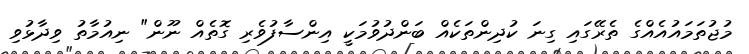
މުޖުތަމައުއެއްގެ ތެރޭގައި ގިނަ ކުދިންތަކެއް ބަންދުވުމަކީ އިންސާފުވެރި ގޮތެއް ނޫން" ނިއުމާތު ވިދާޅުވި